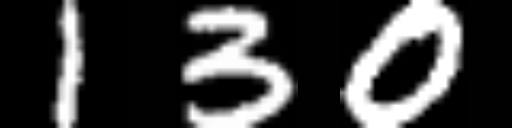
Text: 130